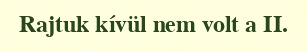
Rajtuk kívül nem volt a II.